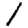
Digit: 1